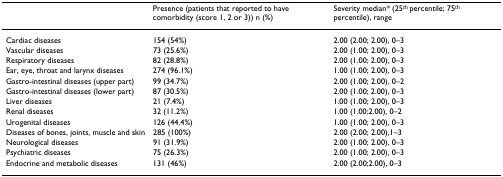
<table><thead><tr><td></td><td><b>Presence (patients that reported to have comorbidity (score 1, 2 or 3)) n (%)</b></td><td><b>Severity median* (25<sup>th </sup>percentile; 75<sup>th </sup>percentile), range</b></td></tr></thead><tbody><tr><td>Cardiac diseases</td><td>154 (54%)</td><td>2.00 (2.00; 2.00), 0–3</td></tr><tr><td>Vascular diseases</td><td>73 (25.6%)</td><td>2.00 (1.00; 2.00), 0–3</td></tr><tr><td>Respiratory diseases</td><td>82 (28.8%)</td><td>2.00 (1.00; 2.00), 0–3</td></tr><tr><td>Ear, eye, throat and larynx diseases</td><td>274 (96.1%)</td><td>1.00 (1.00; 2.00), 0–3</td></tr><tr><td>Gastro-intestinal diseases (upper part)</td><td>99 (34.7%)</td><td>2.00 (1.00; 2.00), 0–2</td></tr><tr><td>Gastro-intestinal diseases (lower part)</td><td>87 (30.5%)</td><td>2.00 (1.00; 2.00), 0–3</td></tr><tr><td>Liver diseases</td><td>21 (7.4%)</td><td>1.00 (1.00; 2.00), 0–3</td></tr><tr><td>Renal diseases</td><td>32 (11.2%)</td><td>1.00 (1.00;2.00), 0–2</td></tr><tr><td>Urogenital diseases</td><td>126 (44.4%)</td><td>1.00 (1.00; 2.00), 0–3</td></tr><tr><td>Diseases of bones, joints, muscle and skin</td><td>285 (100%)</td><td>2.00 (2.00; 2.00),1–3</td></tr><tr><td>Neurological diseases</td><td>91 (31.9%)</td><td>2.00 (1.00; 2.00), 0–3</td></tr><tr><td>Psychiatric diseases</td><td>75 (26.3%)</td><td>2.00 (1.00; 2.00), 0–3</td></tr><tr><td>Endocrine and metabolic diseases</td><td>131 (46%)</td><td>2.00 (2.00;2.00), 0–3</td></tr></tbody></table>